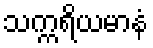
သက္ကရိယမာနံ